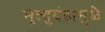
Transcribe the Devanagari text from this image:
मृत्युदंडामुळे